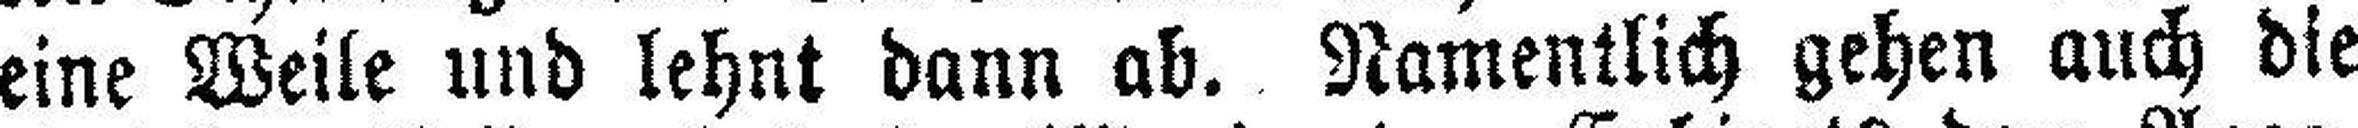
eine Weile und lehnt dann ab. Namentlich gehen auch die